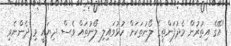
"އޭގެ އިތުރުން މެދުފަންތީގެ ލޯނުތަކަށް ހުޅުވައިލި ލޯނުތައް ވެސް ދިޔައީ މި ދެންނެވި